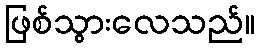
ဖြစ်သွားလေသည်။